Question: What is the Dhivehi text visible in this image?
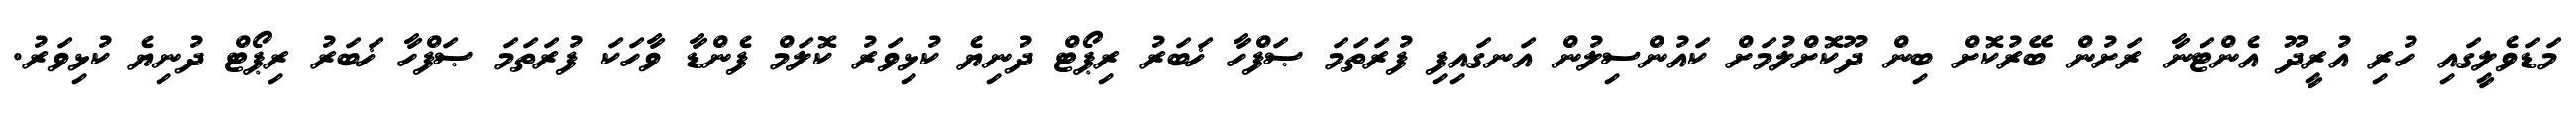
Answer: މަޑަވެލީގައި ހުރި އުރީދޫ އެންޓަނާ ރަށުން ބޭރުކޮށް ބިން ދޫކޮށްލުމަށް ކައުންސިލުން އަނގައިފި ފުރަތަމަ ޞަފްހާ ޚަބަރު ރިޕޯޓް ދުނިޔެ ކުޅިވަރު ކޮލަމް ފެންޑާ ވާހަކަ ފުރަތަމަ ޞަފްހާ ޚަބަރު ރިޕޯޓް ދުނިޔެ ކުޅިވަރު.